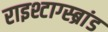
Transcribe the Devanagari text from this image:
राइश्टाग्स्ब्रांड